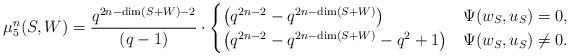
LaTeX: \begin{align*}\mu^n_5(S,W) = \frac{q^{2n-\dim(S+W)-2}}{(q-1)} \cdot \begin{cases}\left(q^{2n-2} - q^{2n-\dim(S+W)}\right) & \Psi(w_S,u_S) = 0,\\\left(q^{2n-2} - q^{2n-\dim(S+W)} - q^{2}+1 \right) & \Psi(w_S,u_S) \neq 0.\end{cases}\end{align*}